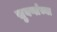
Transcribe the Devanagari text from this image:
सुवर्णाच्या